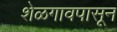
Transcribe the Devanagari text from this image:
शेळगावपासून